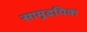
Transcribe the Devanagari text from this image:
सामुदयिक